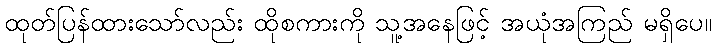
ထုတ်ပြန်ထားသော်လည်း ထိုစကားကို သူ့အနေဖြင့် အယုံအကြည် မရှိပေ။